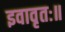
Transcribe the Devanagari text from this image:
इवावृतः॥